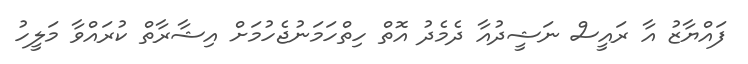
ފައްޔާޒު އާ ރައީސް ނަޝީދުއާ ދެމެދު އޮތް ހިތްހަމަނުޖެހުމަށް އިޝާރާތް ކުރައްވާ މަލީހު